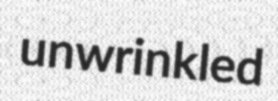
unwrinkled